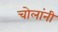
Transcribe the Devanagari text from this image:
चोलांनी